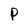
Character: P